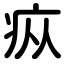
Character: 疭